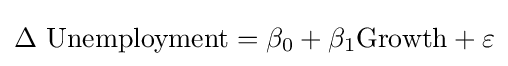
\Delta \ {\text{Unemployment}}=\beta _{0}+\beta _{1}{\text{Growth}}+\varepsilon